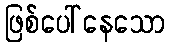
ဖြစ်ပေါ်နေသော